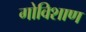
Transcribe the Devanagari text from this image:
गोविशाण